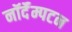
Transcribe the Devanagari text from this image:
नॉर्दॅम्पटन